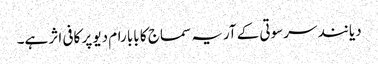
دیانند سرسوتی کے آریہ سماج کا بابا رام دیو پر کافی اثر ہے۔